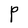
Character: P